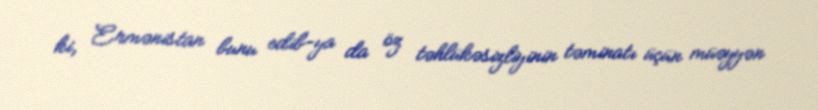
ki, Ermənistan bunu edib-ya da öz təhlükəsizliyinin təminatı üçün müəyyən